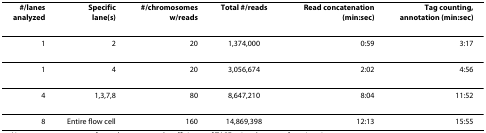
<table><thead><tr><td><b>#/lanes analyzed</b></td><td><b>Specific lane(s)</b></td><td><b>#/chromosomes w/reads</b></td><td><b>Total #/reads</b></td><td><b>Read concatenation (min:sec)</b></td><td><b>Tag counting, annotation (min:sec)</b></td></tr></thead><tbody><tr><td>1</td><td>2</td><td>20</td><td>1,374,000</td><td>0:59</td><td>3:17</td></tr><tr><td>1</td><td>4</td><td>20</td><td>3,056,674</td><td>2:02</td><td>4:56</td></tr><tr><td>4</td><td>1,3,7,8</td><td>80</td><td>8,647,210</td><td>8:04</td><td>11:52</td></tr><tr><td>8</td><td>Entire flow cell</td><td>160</td><td>14,869,398</td><td>12:13</td><td>15:55</td></tr></tbody></table>